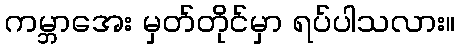
ကမ္ဘာအေး မှတ်တိုင်မှာ ရပ်ပါသလား။